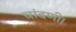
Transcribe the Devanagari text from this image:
चांदणी।